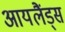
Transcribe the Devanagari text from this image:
आयलैंड्स